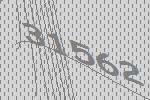
31562